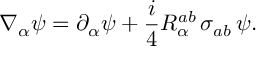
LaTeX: \nabla _ { \alpha } \psi = \partial _ { \alpha } \psi + \frac i 4 R _ { \alpha } ^ { a b } \, \sigma _ { a b } \, \psi .